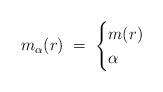
LaTeX: \begin{align*}m_\alpha (r) \;=\; \begin{cases}m(r) & \\\alpha & \end{cases}\end{align*}